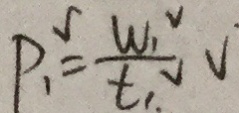
P _ { 1 } ^ { 5 } = \frac { W _ { 1 } ^ { v } } { t 1 . ^ { v } } V